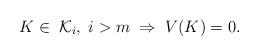
LaTeX: \begin{align*}K\in\;{\cal K}_{i},\;i>m\;\Rightarrow\;V(K)=0.\end{align*}